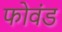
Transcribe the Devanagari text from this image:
फोवंड